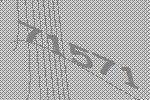
71571